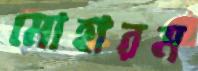
মোহারম